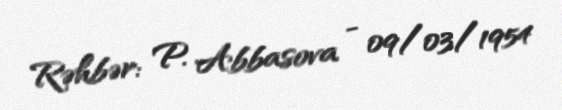
Rəhbər: P. Abbasova - 09/03/1954